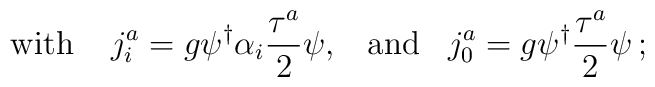
\mbox{with}\;\;\;\;j_i^a=g\psi^{\dagger}{\alpha}_i\frac{{\tau}^a}{2}\psi,\;\;\;\mbox{and}\;\;\;j_0^a=g\psi^{\dagger}\frac{{\tau}^a}{2}\psi\,;